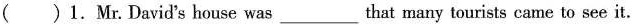
( )1.Mr.David's house was_that many tourists came to see it.